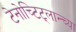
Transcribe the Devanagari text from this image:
टेनोच्टिट्लान्च्या